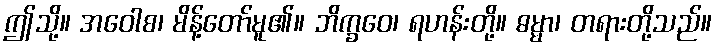
ဤသို့။ အဝေါစ၊ မိန့်တော်မူ၏။ ဘိက္ခဝေ၊ ရဟန်းတို့။ ဓမ္မာ၊ တရားတို့သည်။